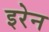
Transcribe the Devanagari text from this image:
इरेन